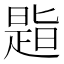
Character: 𪰾